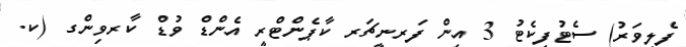
ފެލިވަރު) ސެޓުފިކެޓު 3 އިން ފަރނީޗަރ ކާޕެންޓްރީ އެންޑް ވުޑް ކާރވިންގ (ކ.